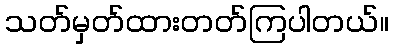
သတ်မှတ်ထားတတ်ကြပါတယ်။